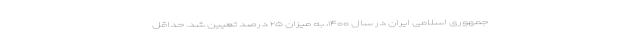
جمهوری اسلامی ایران در سال ۱۴۰۰، به میزان ۲۵ درصد تعیین شد. حداقل